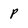
Character: p